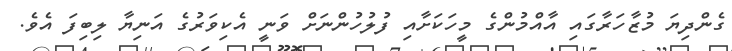
ގެންދިޔަ މުޒާހަރާގައި އާއްމުންގެ މީހަކަށާއި ފުލުހުންނަށް ވަނީ އެކިވަރުގެ އަނިޔާ ލިބިފަ އެވެ.